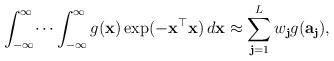
LaTeX: \begin{align*}\int_{-\infty}^{\infty}\dots\int_{-\infty}^{\infty}g({\bf x})\exp(-{\bf x}^{\top}{\bf x})\,d{\bf x} \approx \displaystyle\sum_{{\bf j}=1}^{L}w_{{\bf j}}g({\bf a_j}),\end{align*}